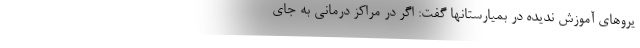
یروهای آموزش ندیده در بمیارستانها گفت: اگر در مراکز درمانی به جای